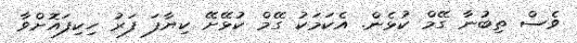
ވެސް ތިބުނާ ގޭމް ކުޅެން. އެކަމަކު ގޭމް ކުޅޭށޭ ކިޔާފަ ފަރު ހިކިފައޮށްވާ